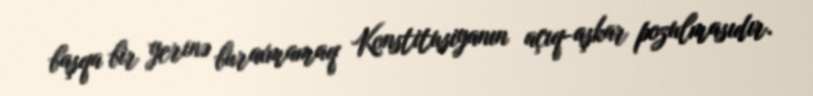
başqa bir yerinə buraxmamaq Konstitusiyanın açıq-aşkar pozulmasıdır.